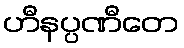
ဟီနပ္ပဏီတေ